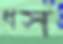
ধস